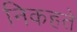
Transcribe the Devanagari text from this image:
निकहते